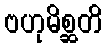
ဗဟုမိစ္ဆတိ